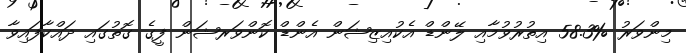
މިންވަރު %58.3 އިތުރުވުމާއި ލޭންޑް އެކުއިޒިޝަން އެންޑް ކޮންވަރޝަން ފީގެ ގޮތުގައި ދައްކާފައިވާ